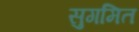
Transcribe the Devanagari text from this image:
सुगमित